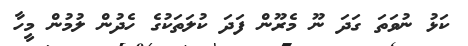
ކަޅު ނުވަތަ ގަދަ ނޫ މެރޫން ފަދަ ކުލަތަކުގެ ހެދުން ލުމުން މީހާ